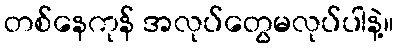
တစ်နေကုန် အလုပ်တွေမလုပ်ပါနဲ့။